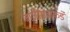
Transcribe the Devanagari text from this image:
बाजीरावांकडे